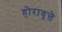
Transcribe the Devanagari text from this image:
होरावृत्ते